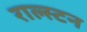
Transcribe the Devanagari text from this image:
राल्स्टन